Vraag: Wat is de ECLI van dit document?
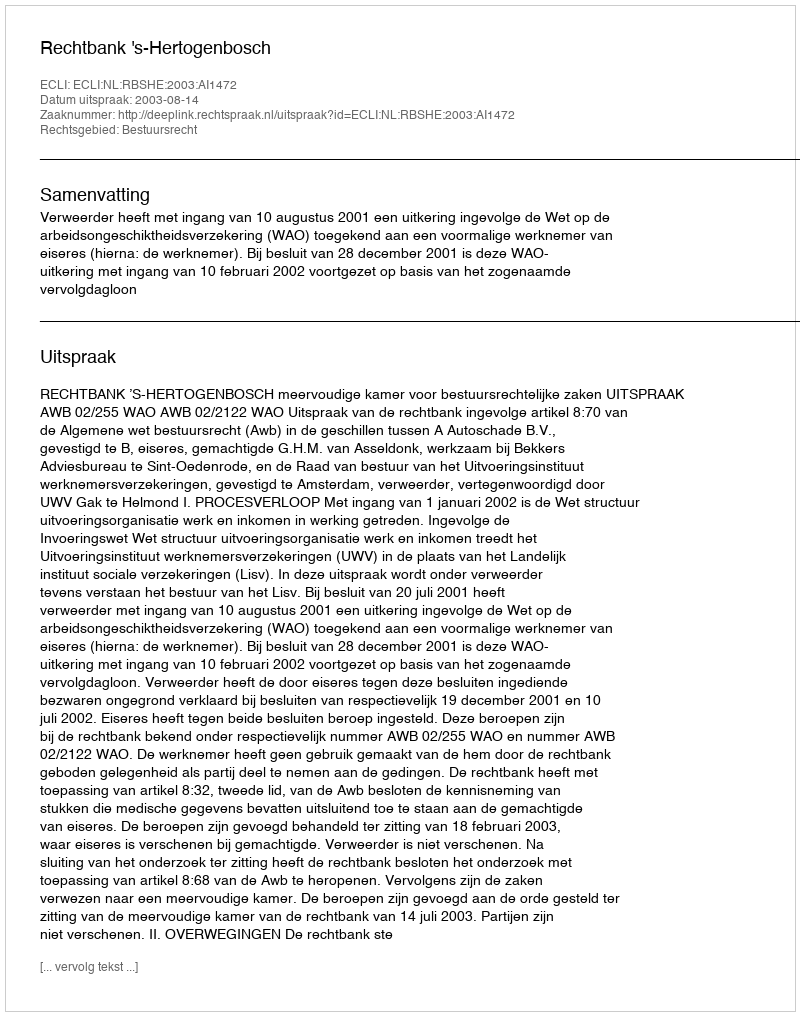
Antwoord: ECLI:NL:RBSHE:2003:AI1472